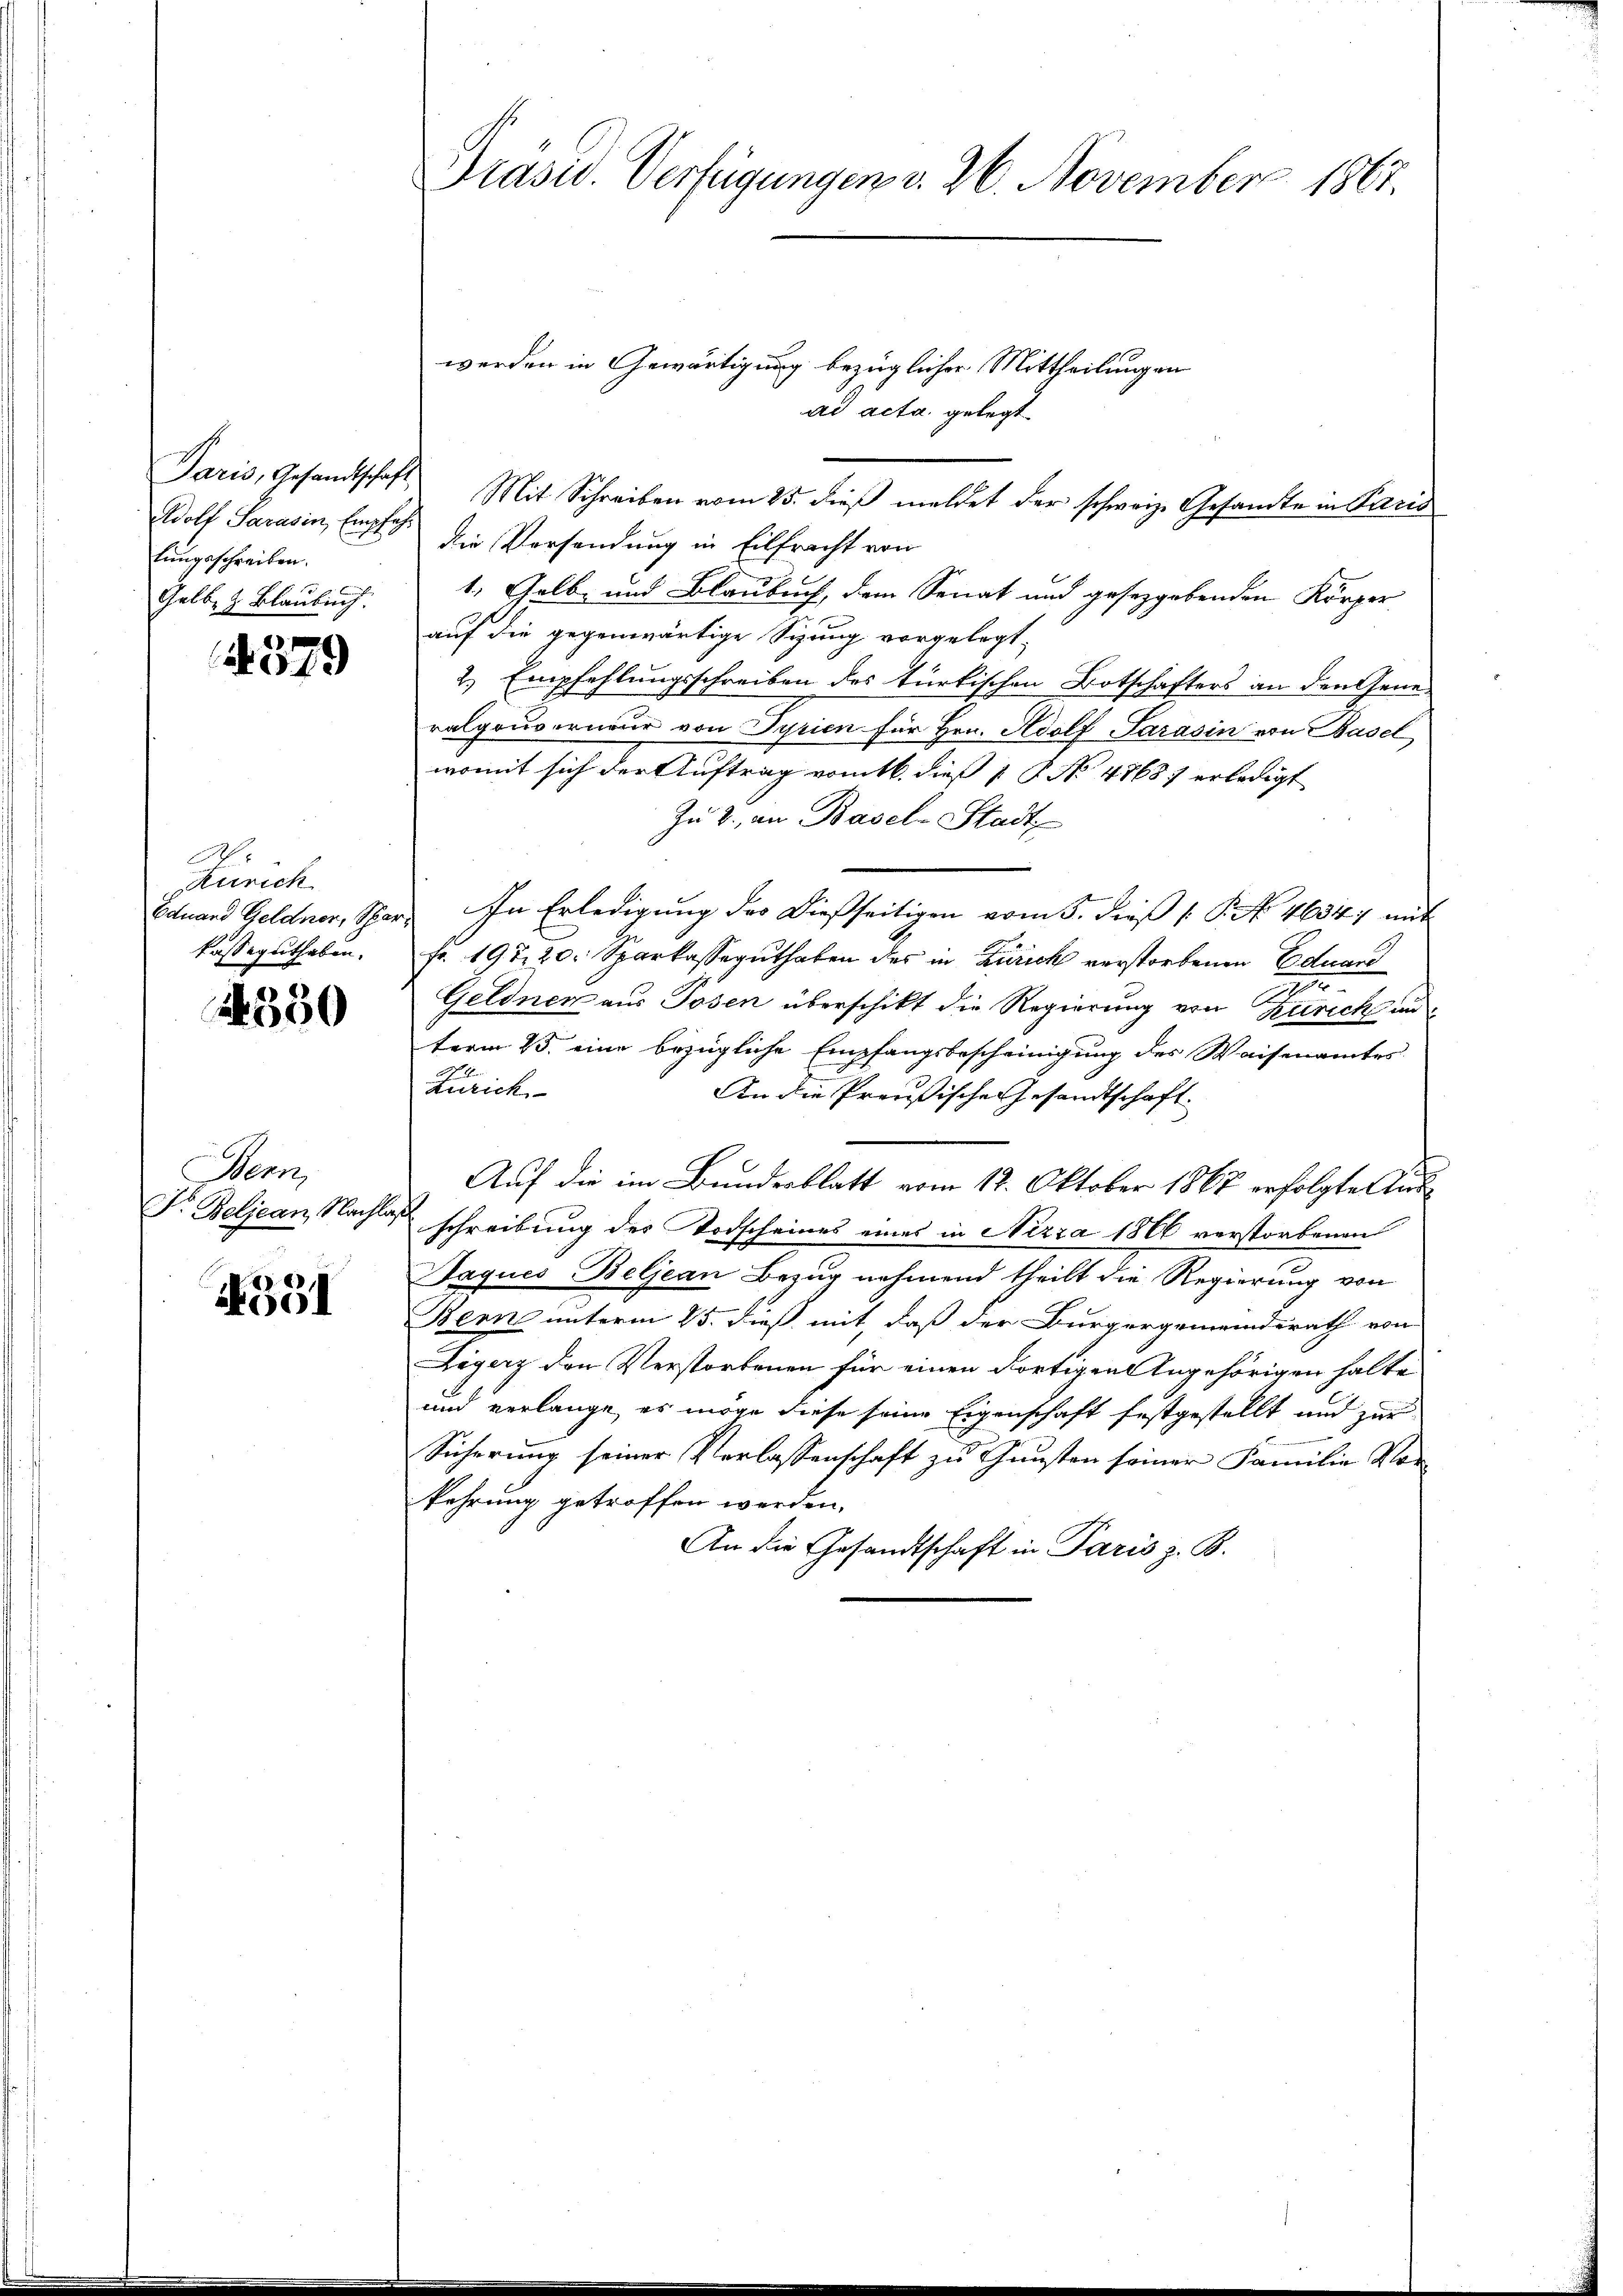
Paris, Gesandtschaft
Wolf Sarasin, Empfa
tungsschreiben.
Gelbe z. Blaubuch.

4379

A
Zürich
Eduard Geldner, Spa
kasseguthaben.

350

Bern,
Dr. Beljean, Nachlag

351

Präsid. Verfügungen v. 26. November 1867.

werden in Gewärtigung bezüglicher Mittheilungen
ad acta gelegt
Mit Schreiben vom 25. dieß meldet der schweiz. Gesandte in Paris
die Vorsendung in Eilfracht von
1. Gelb, und Blaubuch, dem Senat und gesetzgebenden Körper-
auf die gegenwärtige Sizung vorgelegt,
2. Empfehlungsschreiben des türkischen Botschafters an den Gene-
ralgouverneur von Syrien für Hrn. Adolf Sarasin von Basel
womit sich der Auftrag vom 16. dieß 1 S. No 47687 erledigt
Zu 2., an Basel Stadt,
In Erledigung des dießseitigen vom 5. dieß P. Nr. 4684 mit
Fr. 197, 20. Sparkasseguthaben des in Zürich verstorbenen Eduard
7
Geldner aus Posen überschikt die Regierung von Zürich un
term 25. eine bezügliche Empfangsbescheinigung des Waisenamtes
Zürich
An die Preußischen Gesandtschaft
Auf die im Bundesblatt vom 12. Oktober 1867 erfolgte Ausschreibung des Todscheines eines in Nizza 1800 verstorbenen
Jaques Beljean Bezug nehmend theilt die Regierung von
Bern unterm 25. dieß mit, daß der Bürgergemeindsrath von
Zöger den Verstorbenen für einen dortigen Angehörigen halte
und verlange, es möge diese seine Eigenschaft festgestellt und zur
Sicherung seiner Verlassenschaft zu Gunsten seiner Familie Vorkehrung getroffen werden.
An die Gesandtschaft in Paris z. B.